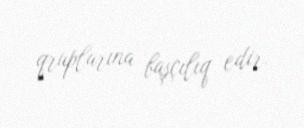
qruplarına başçılıq edir.